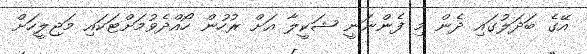
އޭގެ ބަދަލުގައި ދެން މި ފެންނަނީ ޝަކީލާ އަށް ރުހުން ހޯއްދެވުމަށްޓަކައި މަޖިލީހަށް